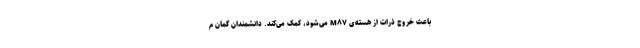
باعث خروج ذرات از هسته‌ی M۸۷ می‌شود، کمک می‌کند. دانشمندان گمان م